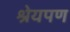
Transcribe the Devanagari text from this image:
श्रेयपण